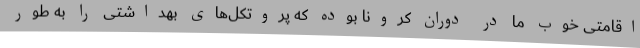
اقامتی خوب ما در دوران کرونا بوده که پروتکل‌های بهداشتی را به طور